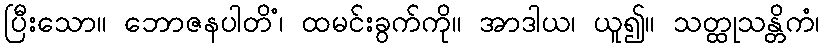
ပြီးသော။ ဘောဇနပါတိံ၊ ထမင်းခွက်ကို။ အာဒါယ၊ ယူ၍။ သတ္ထုသန္တိကံ၊